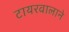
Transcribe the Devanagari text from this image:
टायरवालाने